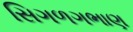
સિગળગભાણ